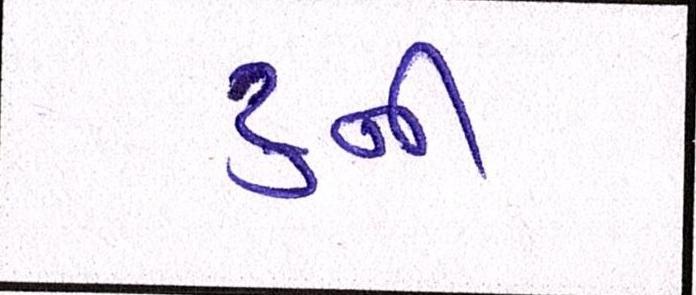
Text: ટુની